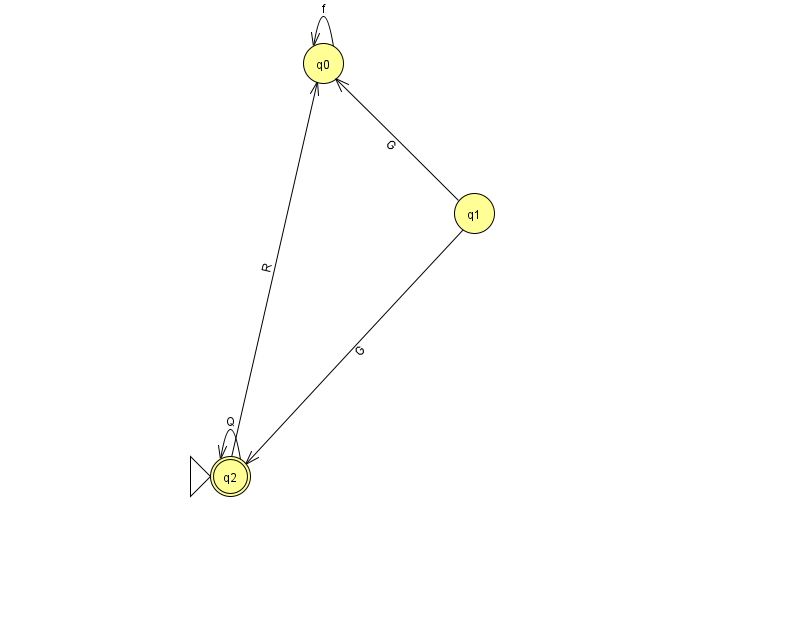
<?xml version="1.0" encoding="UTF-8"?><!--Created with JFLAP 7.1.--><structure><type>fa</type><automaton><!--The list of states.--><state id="0" name="q0"><x>323.0</x><y>50.0</y></state><state id="1" name="q1"><x>474.0</x><y>200.0</y></state><state id="2" name="q2"><x>230.0</x><y>463.0</y><initial/><final/></state><!--The list of transitions.--><transition><from>2</from><to>2</to><read>Q</read></transition><transition><from>0</from><to>0</to><read>f</read></transition><transition><from>1</from><to>2</to><read>G</read></transition><transition><from>1</from><to>0</to><read>G</read></transition><transition><from>2</from><to>0</to><read>R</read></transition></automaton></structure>